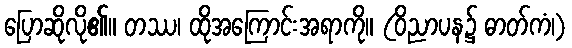
ပြောဆိုလို၏။ တဿ၊ ထိုအကြောင်းအရာကို။ (ဝိညာပန၌ ဓာတ်ကံ၊)